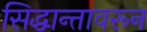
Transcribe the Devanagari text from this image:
सिद्धान्तावरून